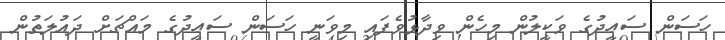
ހަސަން ސަޢީދުގެ ވަކީލުން މިހެން ވިދާޅުވެފައި މިވަނީ ހަސަން ސަޢީދުގެ މައްޗަށް ދައުލަތުން